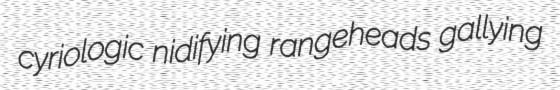
cyriologic nidifying rangeheads gallying